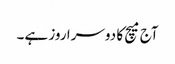
آج میچ کا دوسرا روز ہے۔